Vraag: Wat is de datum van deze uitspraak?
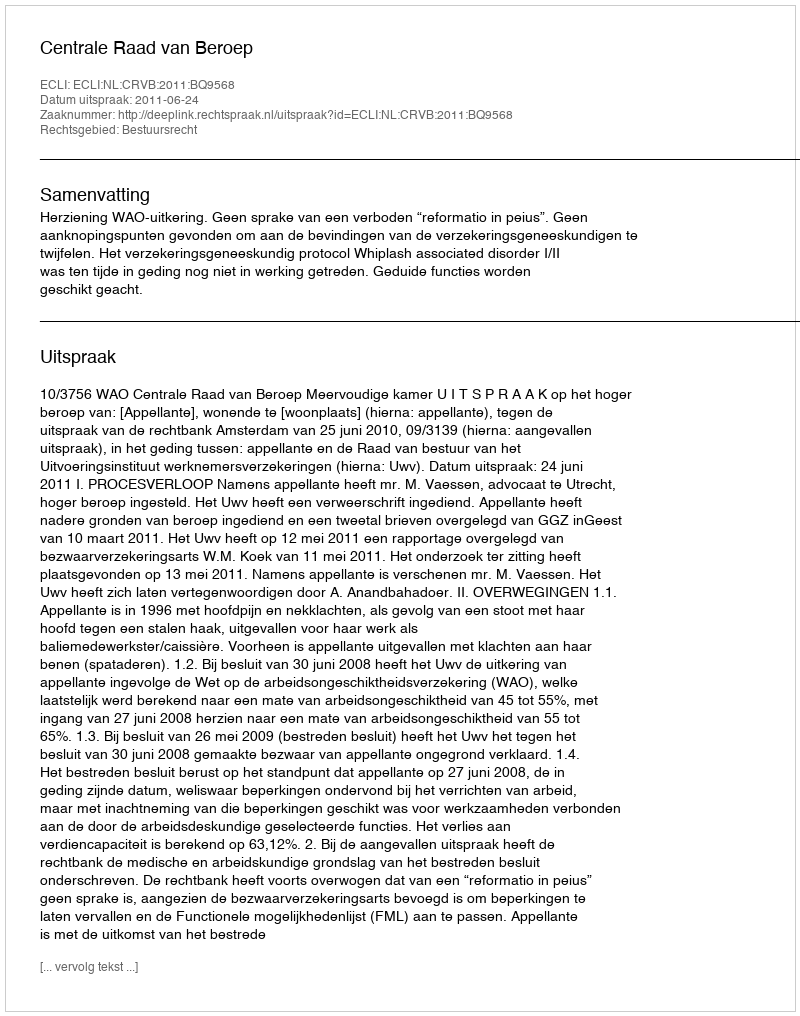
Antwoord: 2011-06-24